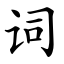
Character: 词